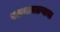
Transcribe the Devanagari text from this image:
वळणावळणाचा